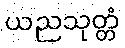
ယညသုတ္တံ